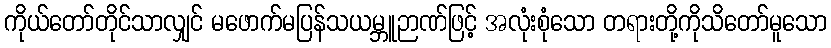
ကိုယ်တော်တိုင်သာလျှင် မဖောက်မပြန်သယမ္ဘူဉာဏ်ဖြင့် အလုံးစုံသော တရားတို့ကိုသိတော်မူသော